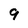
Character: 9